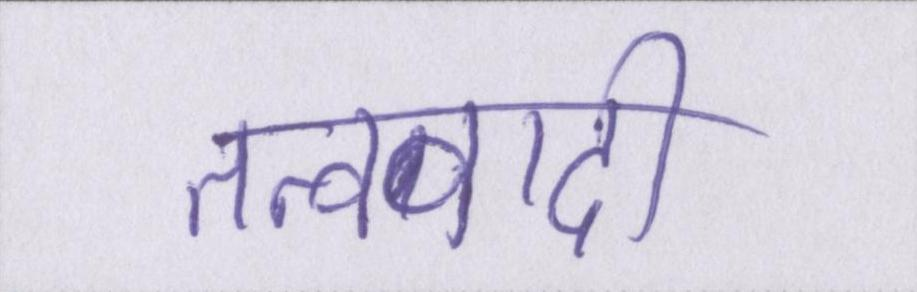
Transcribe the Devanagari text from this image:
तत्ववादी